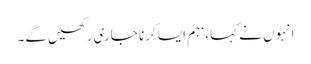
انہوں نے کہا، ‘ ہم ایسا کرنا جاری رکھیں‌گے۔